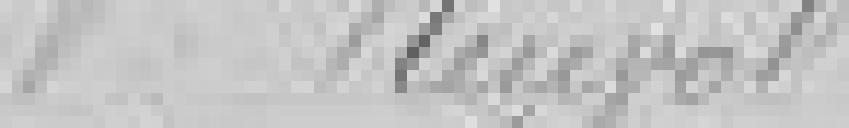
Veuve Reuvol